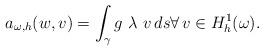
LaTeX: \begin{align*}a_{\omega,h}(w,v)=\int_{\gamma} g\ \lambda\ v\, ds \forall\,v\in H^1_h(\omega).\end{align*}